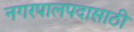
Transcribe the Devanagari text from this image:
नगरपालपदासाठी